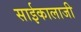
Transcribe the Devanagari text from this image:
साईकालाजी